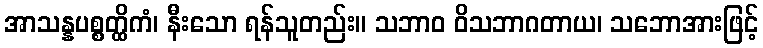
အာသန္နပစ္စတ္ထိကံ၊ နီးသော ရန်သူတည်း။ သဘာဝ ဝိသဘာဂတာယ၊ သဘောအားဖြင့်